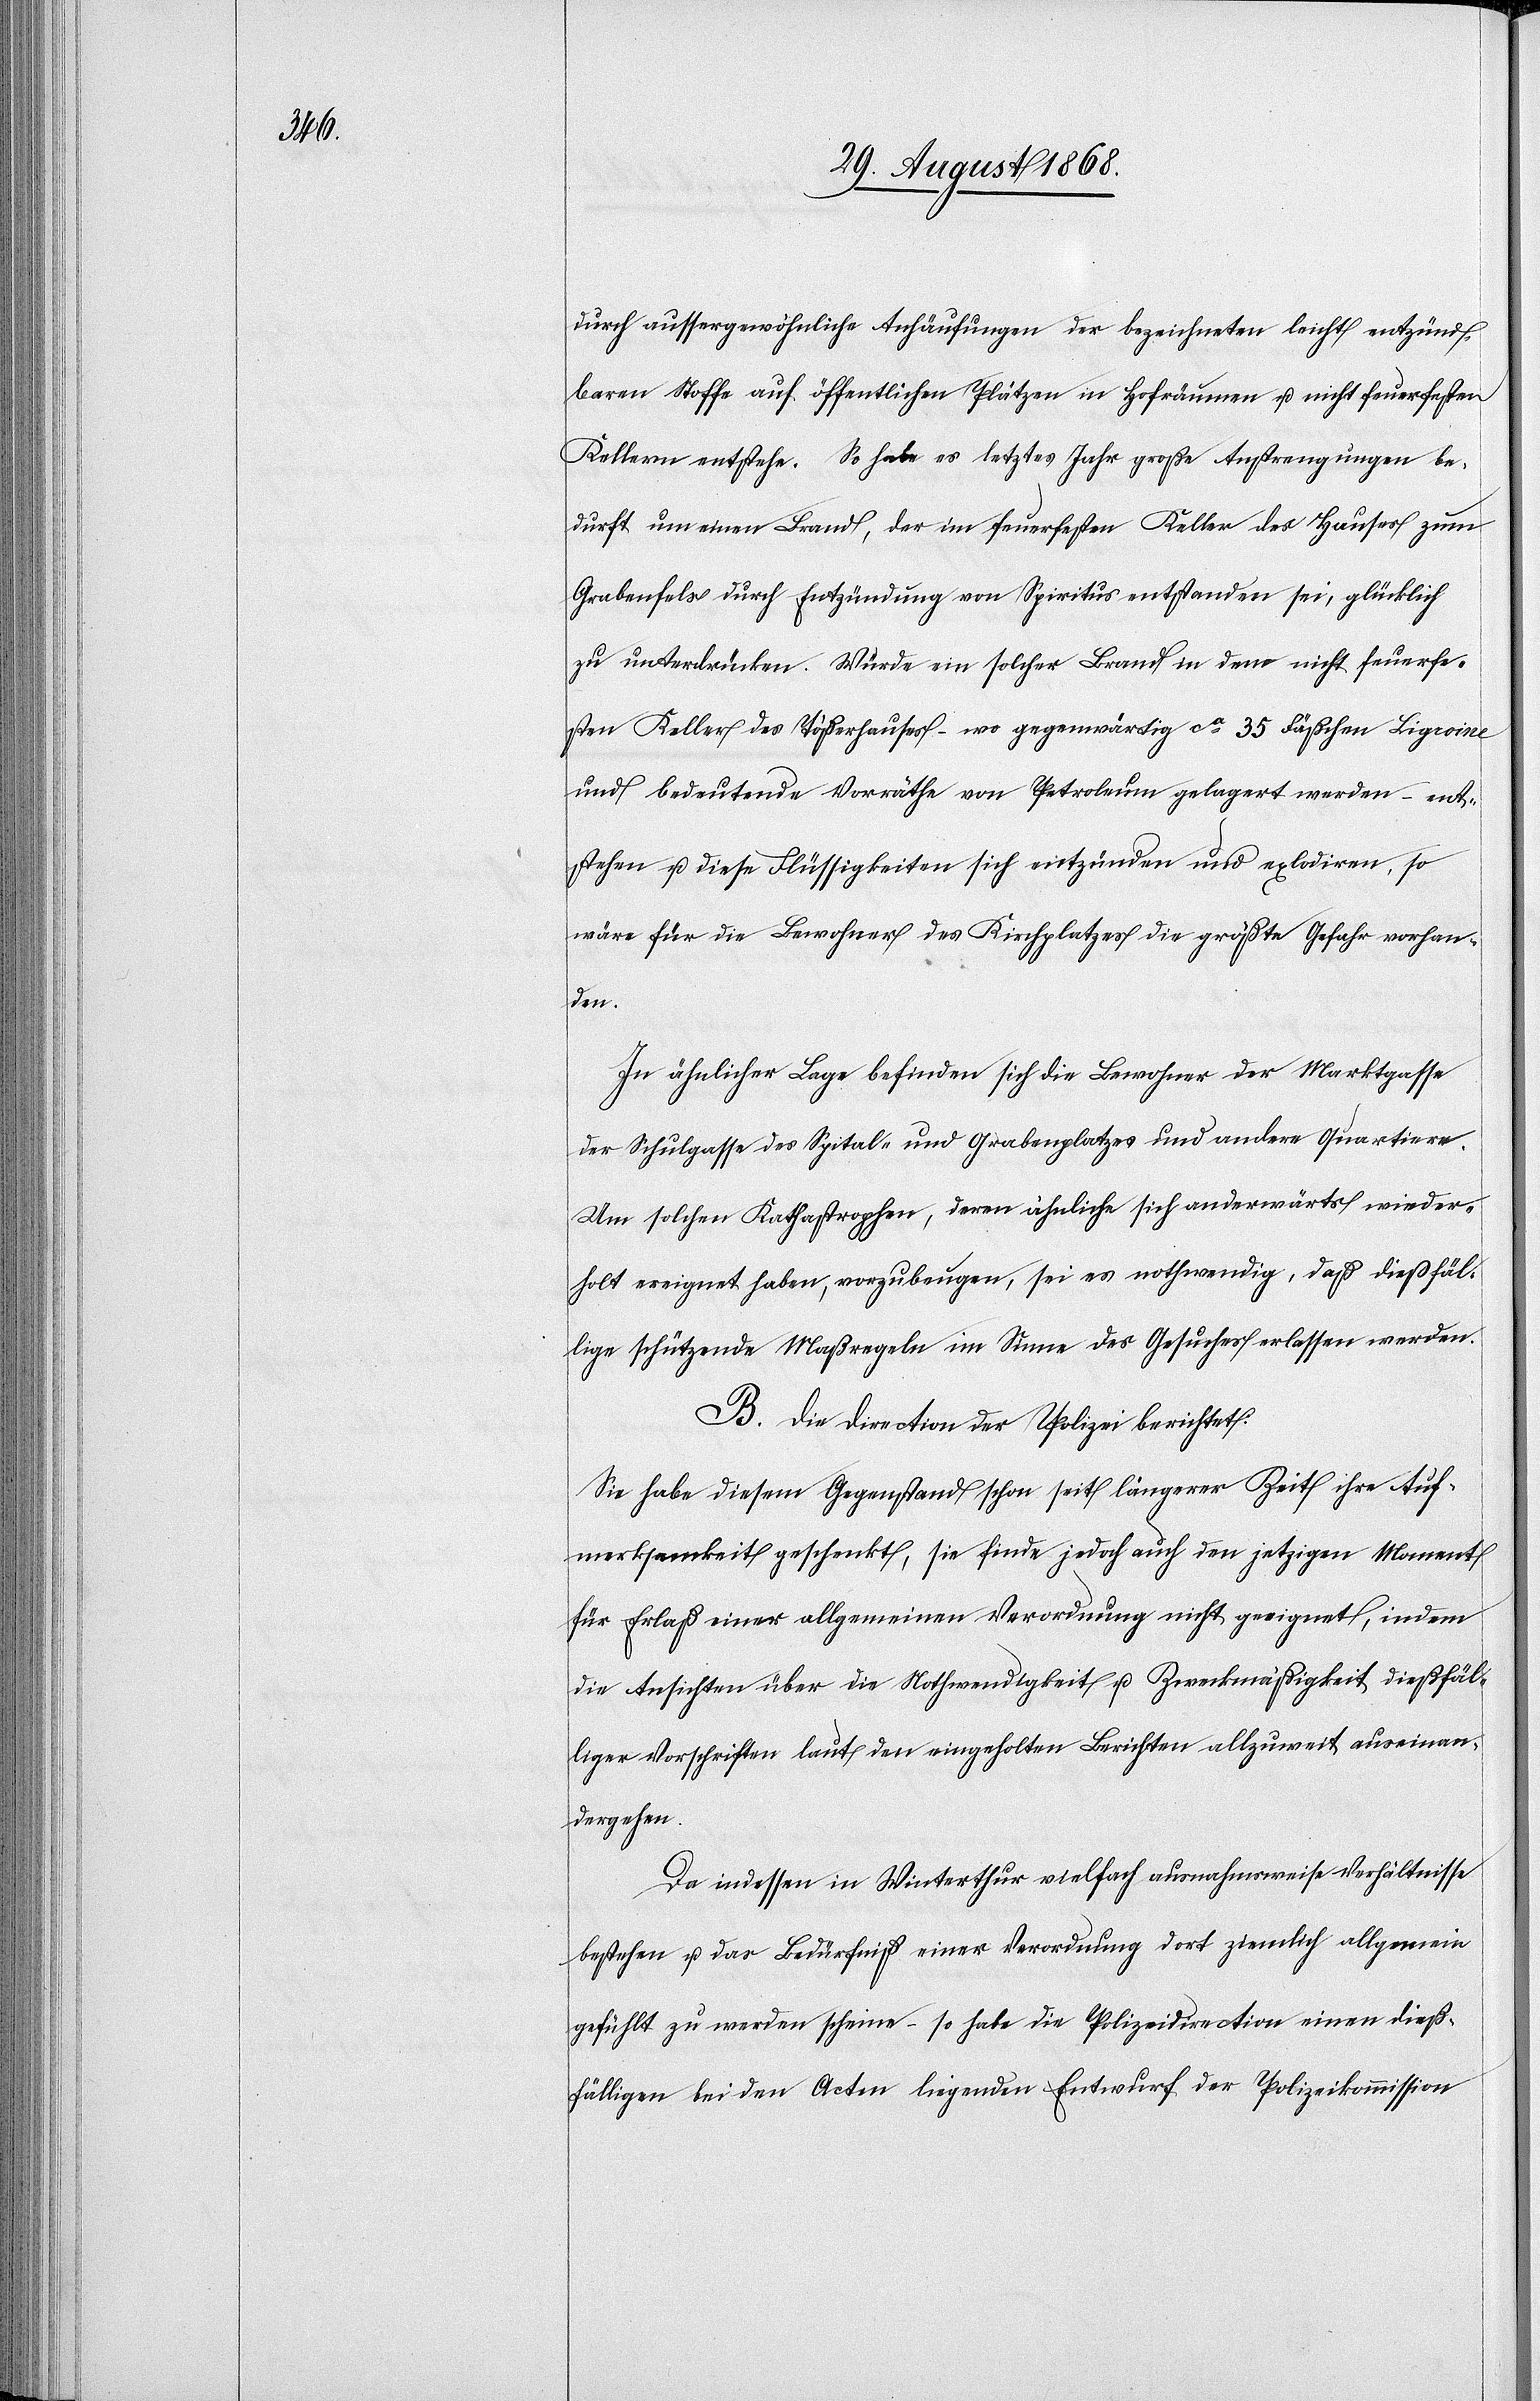
durch aussergewöhnliche Anhäufungen der bezeichneten leicht entzünd¬
baren Stoffe auf öffentlichen Plätzen in Hofräumen u. nicht feuerfesten
Kellern entstehe. So habe es letztes Jahr große[r] Anstrengungen be¬
durft um einen Brand, der im feuerfesten Keller des Hauses zum
Grabenfels durch Entzündung von Spiritus entstanden sei, glücklich
zu unterdrücken. Würde ein solcher Brand in dem nicht feuerfe¬
sten Keller des Tößerhauses – wo gegenwärtig ca 35 Fäßchen Ligroine
und bedeutende Vorräthe von Petroleum gelagert werden – ent¬
stehen u. diese Flüssigkeiten sich entzünden und explodiren, so
wäre für die Bewohner des Kirchplatzes die größte Gefahr vorhan¬
den.
In ähnlicher Lage befinden sich die Bewohner der Marktgasse[,]
der Schulgasse[,] des Spital- und Grabenplatzes und andere Quartiere.
Um solchen Kathastrophen, deren ähnliche sich anderwärts wieder¬
holt ereignet haben, vorzubeugen, sei es nothwendig, daß dießfäl¬
lige schützende Maßregeln im Sinne des Gesuches erlassen werden.
B. Die Direction der Polizei berichtet:
Sie habe diesem Gegenstand schon seit längerer Zeit ihre Auf¬
merksamkeit geschenkt, sie finde jedoch auch den jetzigen Moment
für Erlaß einer allgemeinen Verordnung nicht geeignet, indem
die Ansichten über die Nothwendigkeit u. Zweckmäßigkeit dießfäl¬
liger Vorschriften laut den eingeholten Berichten allzuweit auseinan¬
dergehen.
Da indessen in Winterthur vielfach ausnahmsweise Verhältnisse
bestehen u. das Bedürfniß einer Verordnung dort ziemlich allgemein
gefühlt zu werden scheine – so habe die Polizeidirection einen dieß¬
fälligen bei den Acten liegenden Entwurf der Polizeikommission